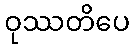
ဝုဿတိပေ